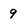
Character: 9